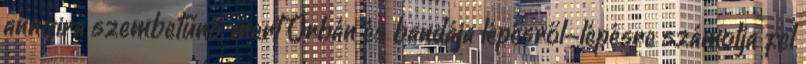
annyira szembetűnő, mert Orbán és bandája lépésről-lépésre számolja fel